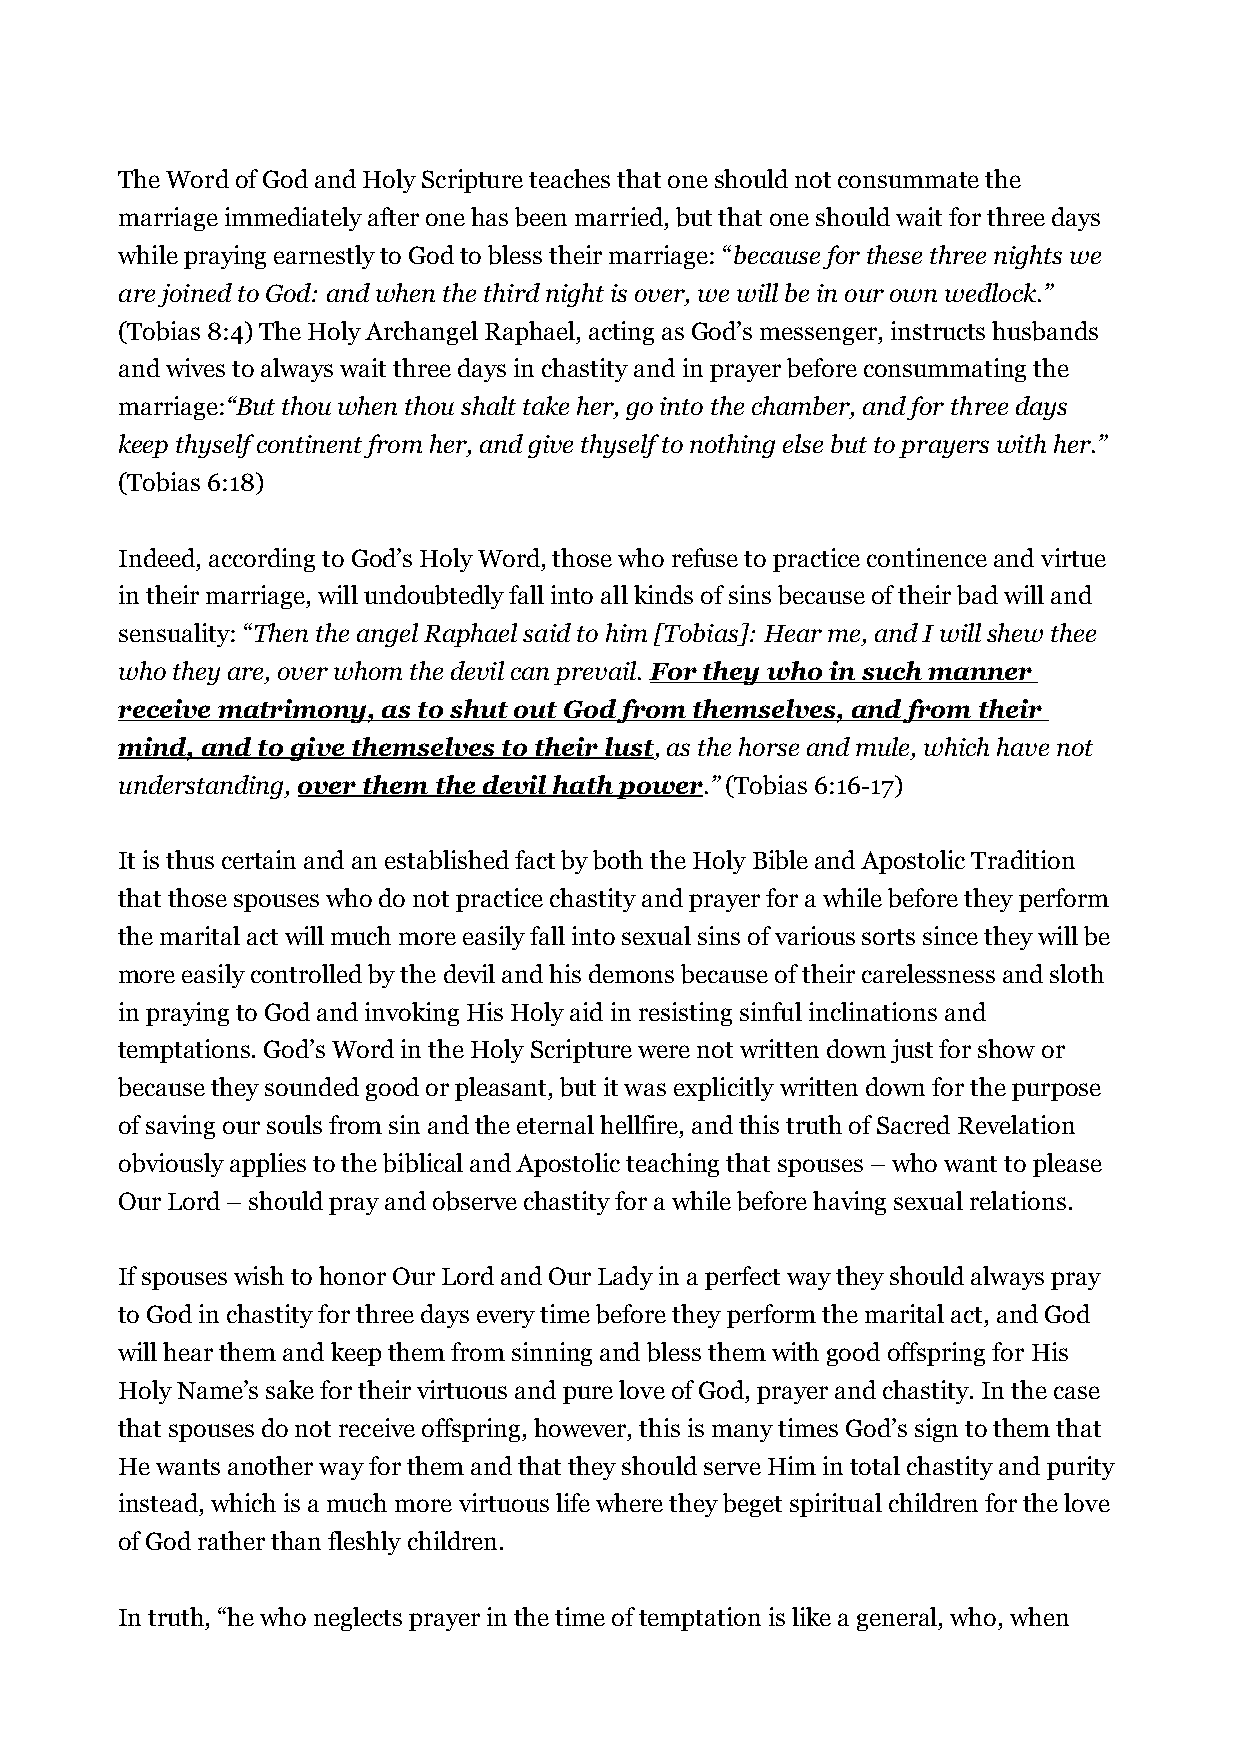
The Word of God and Holy Scripture teaches that one should not consummate the
 marriage immediately after one has been married, but that one should wait for three days
 while praying earnestly to God to bless their marriage: “because for these three nights we
 are joined to God: and when the third night is over, we will be in our own wedlock.”
 (Tobias 8:4) The Holy Archangel Raphael, acting as God’s messenger, instructs husbands
 and wives to always wait three days in chastity and in prayer before consummating the
 marriage:“But thou when thou shalt take her, go into the chamber, and for three days
 keep thyself continent from her, and give thyself to nothing else but to prayers with her.”
 (Tobias 6:18)
 Indeed, according to God’s Holy Word, those who refuse to practice continence and virtue
 in their marriage, will undoubtedly fall into all kinds of sins because of their bad will and
 sensuality: “Then the angel Raphael said to him [Tobias]: Hear me, and I will shew thee
 who they are, over whom the devil can prevail. For they who in such manner
 receive matrimony, as to shut out God from themselves, and from their
 mind, and to give themselves to their lust, as the horse and mule, which have not
 understanding, over them the devil hath power.” (Tobias 6:16-17)
 It is thus certain and an established fact by both the Holy Bible and Apostolic Tradition
 that those spouses who do not practice chastity and prayer for a while before they perform
 the marital act will much more easily fall into sexual sins of various sorts since they will be
 more easily controlled by the devil and his demons because of their carelessness and sloth
 in praying to God and invoking His Holy aid in resisting sinful inclinations and
 temptations. God’s Word in the Holy Scripture were not written down just for show or
 because they sounded good or pleasant, but it was explicitly written down for the purpose
 of saving our souls from sin and the eternal hellfire, and this truth of Sacred Revelation
 obviously applies to the biblical and Apostolic teaching that spouses – who want to please
 Our Lord – should pray and observe chastity for a while before having sexual relations.
 If spouses wish to honor Our Lord and Our Lady in a perfect way they should always pray
 to God in chastity for three days every time before they perform the marital act, and God
 will hear them and keep them from sinning and bless them with good offspring for His
 Holy Name’s sake for their virtuous and pure love of God, prayer and chastity. In the case
 that spouses do not receive offspring, however, this is many times God’s sign to them that
 He wants another way for them and that they should serve Him in total chastity and purity
 instead, which is a much more virtuous life where they beget spiritual children for the love
 of God rather than fleshly children.
 In truth, “he who neglects prayer in the time of temptation is like a general, who, when